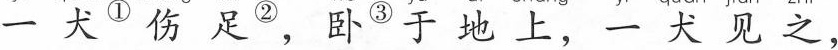
一犬^{①}伤足^{②}，卧^{③}于地上，一犬见之，